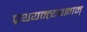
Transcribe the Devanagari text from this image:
प्रथयन्त्यवज्ञाम्‌